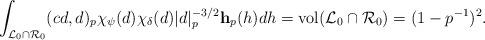
LaTeX: \begin{align*} \int_{\mathcal L_0 \cap \mathcal R_0} (cd,d)_p\chi_{\psi}(d)\chi_{\delta}(d)|d|_p^{-3/2}\mathbf h_p(h) dh = \mathrm{vol}(\mathcal L_0 \cap \mathcal R_0) = (1-p^{-1})^2. \end{align*}